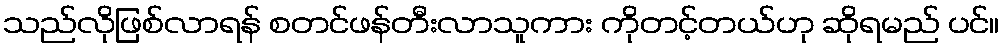
သည်လိုဖြစ်လာရန် စတင်ဖန်တီးလာသူကား ကိုတင့်တယ်ဟု ဆိုရမည် ပင်။